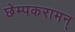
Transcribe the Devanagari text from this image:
छेम्पकरामन्